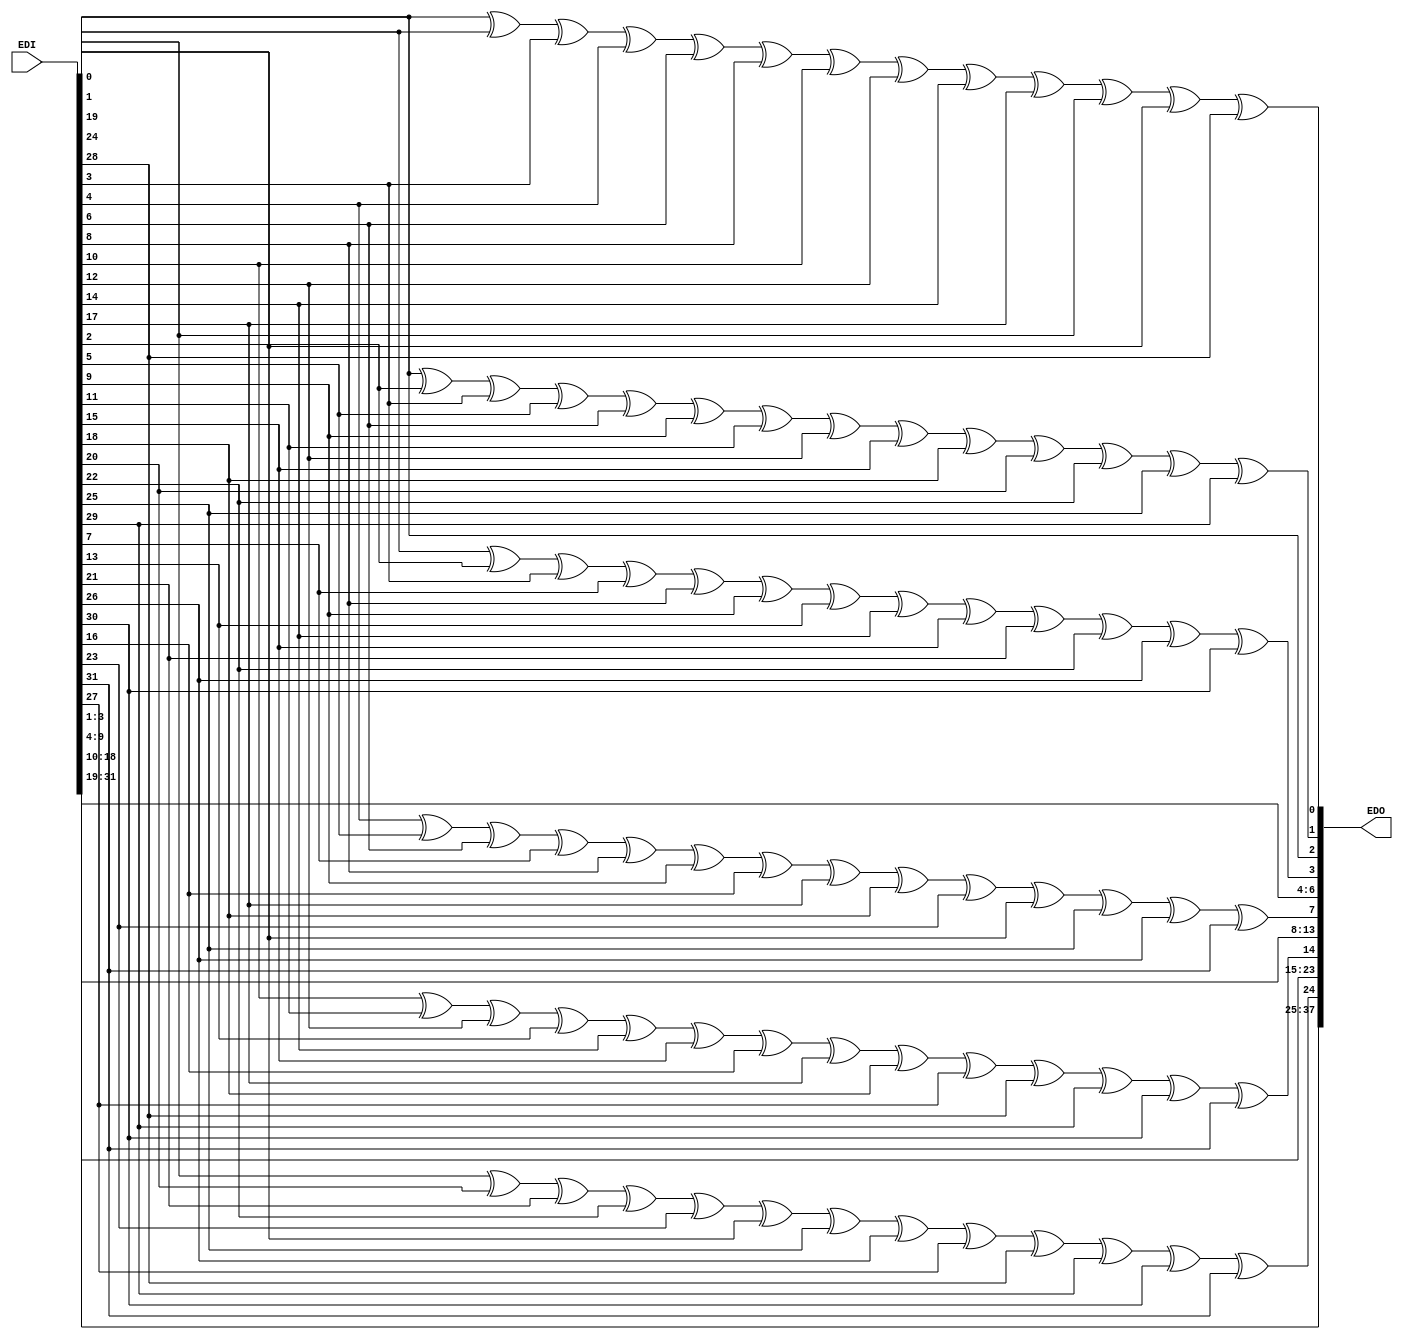
//32 bits input, so 6 bits parity 
module ECC_S1D_encoder(
    input	[31:0]	EDI,
    output	[37:0]	EDO

);



assign EDO[0] = EDI[0]^EDI[1]^EDI[3]^EDI[4]^EDI[6]^EDI[8]^EDI[10]^EDI[12]^EDI[14]^EDI[17]^EDI[19]^EDI[24]^EDI[28];
assign EDO[1] = EDI[0]^EDI[2]^EDI[3]^EDI[5]^EDI[6]^EDI[9]^EDI[11]^EDI[12]^EDI[15]^EDI[18]^EDI[20]^EDI[22]^EDI[25]^EDI[29];
assign EDO[2] = EDI[0];
assign EDO[3] = EDI[1]^EDI[2]^EDI[3]^EDI[7]^EDI[8]^EDI[9]^EDI[13]^EDI[14]^EDI[15]^EDI[21]^EDI[22]^EDI[26]^EDI[30];
assign EDO[4] = EDI[1];
assign EDO[5] = EDI[2];
assign EDO[6] = EDI[3];
assign EDO[7] = EDI[4]^EDI[5]^EDI[6]^EDI[7]^EDI[8]^EDI[9]^EDI[16]^EDI[17]^EDI[18]^EDI[23]^EDI[24]^EDI[25]^EDI[26]^EDI[31];
assign EDO[8] = EDI[4];
assign EDO[9] = EDI[5];
assign EDO[10] = EDI[6];
assign EDO[11] = EDI[7];
assign EDO[12] = EDI[8];
assign EDO[13] = EDI[9];
assign EDO[14] = EDI[10]^EDI[11]^EDI[12]^EDI[13]^EDI[14]^EDI[15]^EDI[16]^EDI[17]^EDI[18]^EDI[27]^EDI[28]^EDI[29]^EDI[30]^EDI[31];
assign EDO[15] = EDI[10];
assign EDO[16] = EDI[11];
assign EDO[17] = EDI[12];
assign EDO[18] = EDI[13];
assign EDO[19] = EDI[14];
assign EDO[20] = EDI[15];
assign EDO[21] = EDI[16];
assign EDO[22] = EDI[17];
assign EDO[23] = EDI[18];
assign EDO[24] = EDI[19]^EDI[20]^EDI[21]^EDI[22]^EDI[23]^EDI[24]^EDI[25]^EDI[26]^EDI[27]^EDI[28]^EDI[29]^EDI[30]^EDI[31];
assign EDO[25] = EDI[19];
assign EDO[26] = EDI[20];
assign EDO[27] = EDI[21];
assign EDO[28] = EDI[22];
assign EDO[29] = EDI[23];
assign EDO[30] = EDI[24];
assign EDO[31] = EDI[25];
assign EDO[32] = EDI[26];
assign EDO[33] = EDI[27];
assign EDO[34] = EDI[28];
assign EDO[35] = EDI[29];
assign EDO[36] = EDI[30];
assign EDO[37] = EDI[31];

endmodule